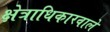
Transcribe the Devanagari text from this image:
क्षेत्राधिकारवाले